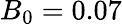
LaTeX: B_{0}=0.07